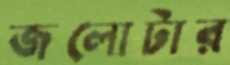
জলোটার